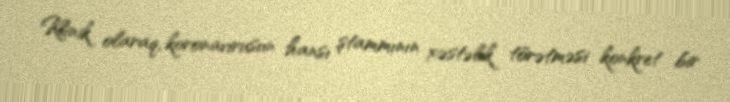
Klinik olaraq, koronavirusun hansı ştammının xəstəlik törətməsi konkret bir